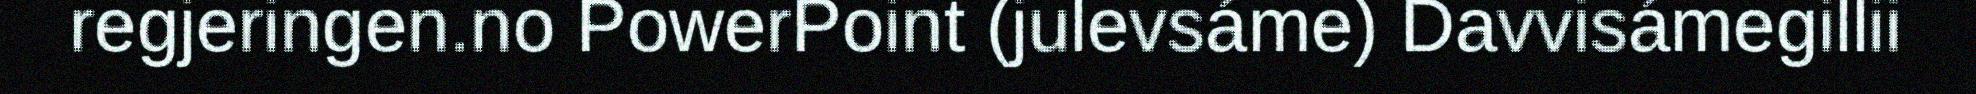
regjeringen.no PowerPoint (julevsáme) Davvisámegillii